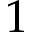
1